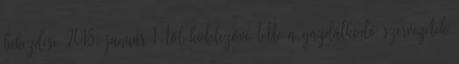
bekezdése 2018. január 1-től kötelezővé tette a gazdálkodó szervezetek